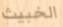
الخبيث